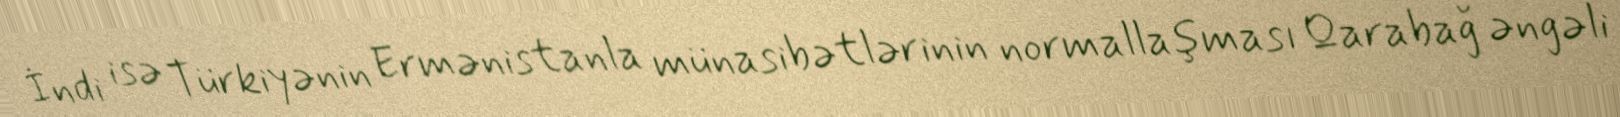
İndi isə Türkiyənin Ermənistanla münasibətlərinin normallaşması Qarabağ əngəli